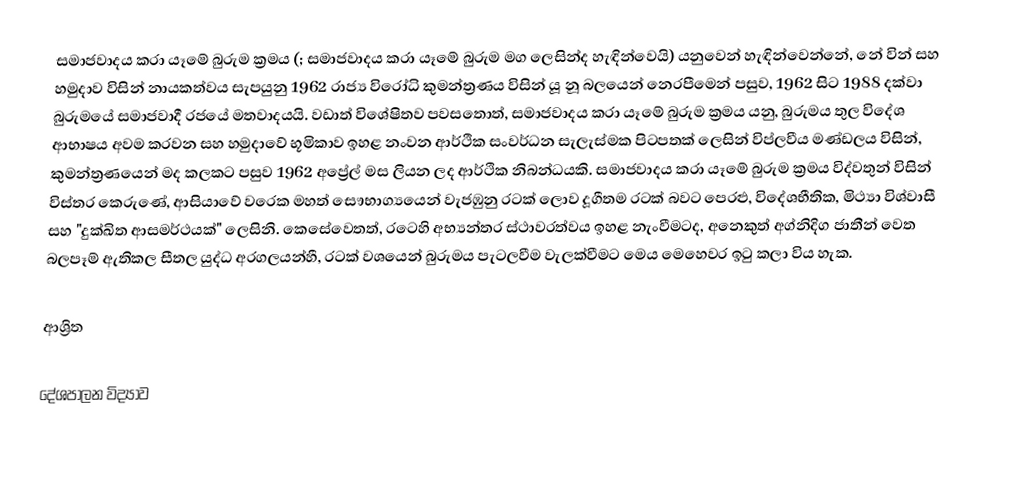
සමාජවාදය කරා යෑමේ බුරුම ක්‍රමය (; සමාජවාදය කරා යෑමේ බුරුම මග ලෙසින්ද හැඳින්වෙයි) යනුවෙන් හැඳින්වෙන්නේ, නේ වින් සහ හමුදාව විසින් නායකත්වය සැපයුනු  1962 රාජ්‍ය විරෝධි කුමන්ත්‍රණය විසින්  යූ නූ බලයෙන් නෙරපීමෙන් පසුව, 1962 සිට 1988 දක්වා බුරුමයේ සමාජවාදී රජයේ මතවාදයයි. වඩාත් විශේෂිතව පවසතොත්, සමාජවාදය කරා යෑමේ බුරුම ක්‍රමය යනු, බුරුමය තුල විදේශ ආභාෂය අවම කරවන  සහ හමුදාවේ භූමිකාව ඉහළ නංවන  ආර්ථික සංවර්ධන සැලැස්මක පිටපතක් ලෙසින් විප්ලවීය මණ්ඩලය විසින්, කුමන්ත්‍රණයෙන් මද කලකට පසුව  1962 අප්‍රේල් මස ලියන ලද ආර්ථික නිබන්ධයකි.  සමාජවාදය කරා යෑමේ බුරුම ක්‍රමය විද්වතුන් විසින් විස්තර කෙරුණේ, ආසියාවේ වරෙක මහත් සෞභාග්‍යයෙන් වැජඹුනු රටක් ලොව දූගීතම රටක් බවට පෙරළු, විදේශභීතික, මිථ්‍යා විශ්වාසී සහ  "දුක්ඛිත ආසමර්ථයක්" ලෙසිනි.  කෙසේවෙතත්, රටෙහි අභ්‍යන්තර ස්ථාවරත්වය ඉහළ නැංවීමටද, අනෙකුත් අග්නිදිග ජාතීන් වෙත බලපෑම් ඇතිකල සීතල යුද්ධ අරගලයන්හී, රටක් වශයෙන්  බුරුමය පැටලවීම වැලක්වීමට මෙය මෙහෙවර ඉටු කලා විය හැක.

ආශ්‍රිත

දේශපාලන විද්‍යාව